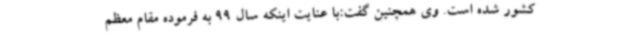
کشور شده است. وی همچنین گفت:با عنایت اینکه سال 99 به فرموده مقام معظم